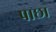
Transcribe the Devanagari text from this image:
पाछा